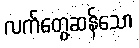
လက်တွေ့ဆန်သော